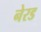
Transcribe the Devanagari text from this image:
नेरड